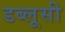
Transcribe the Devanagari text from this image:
डब्लूसी